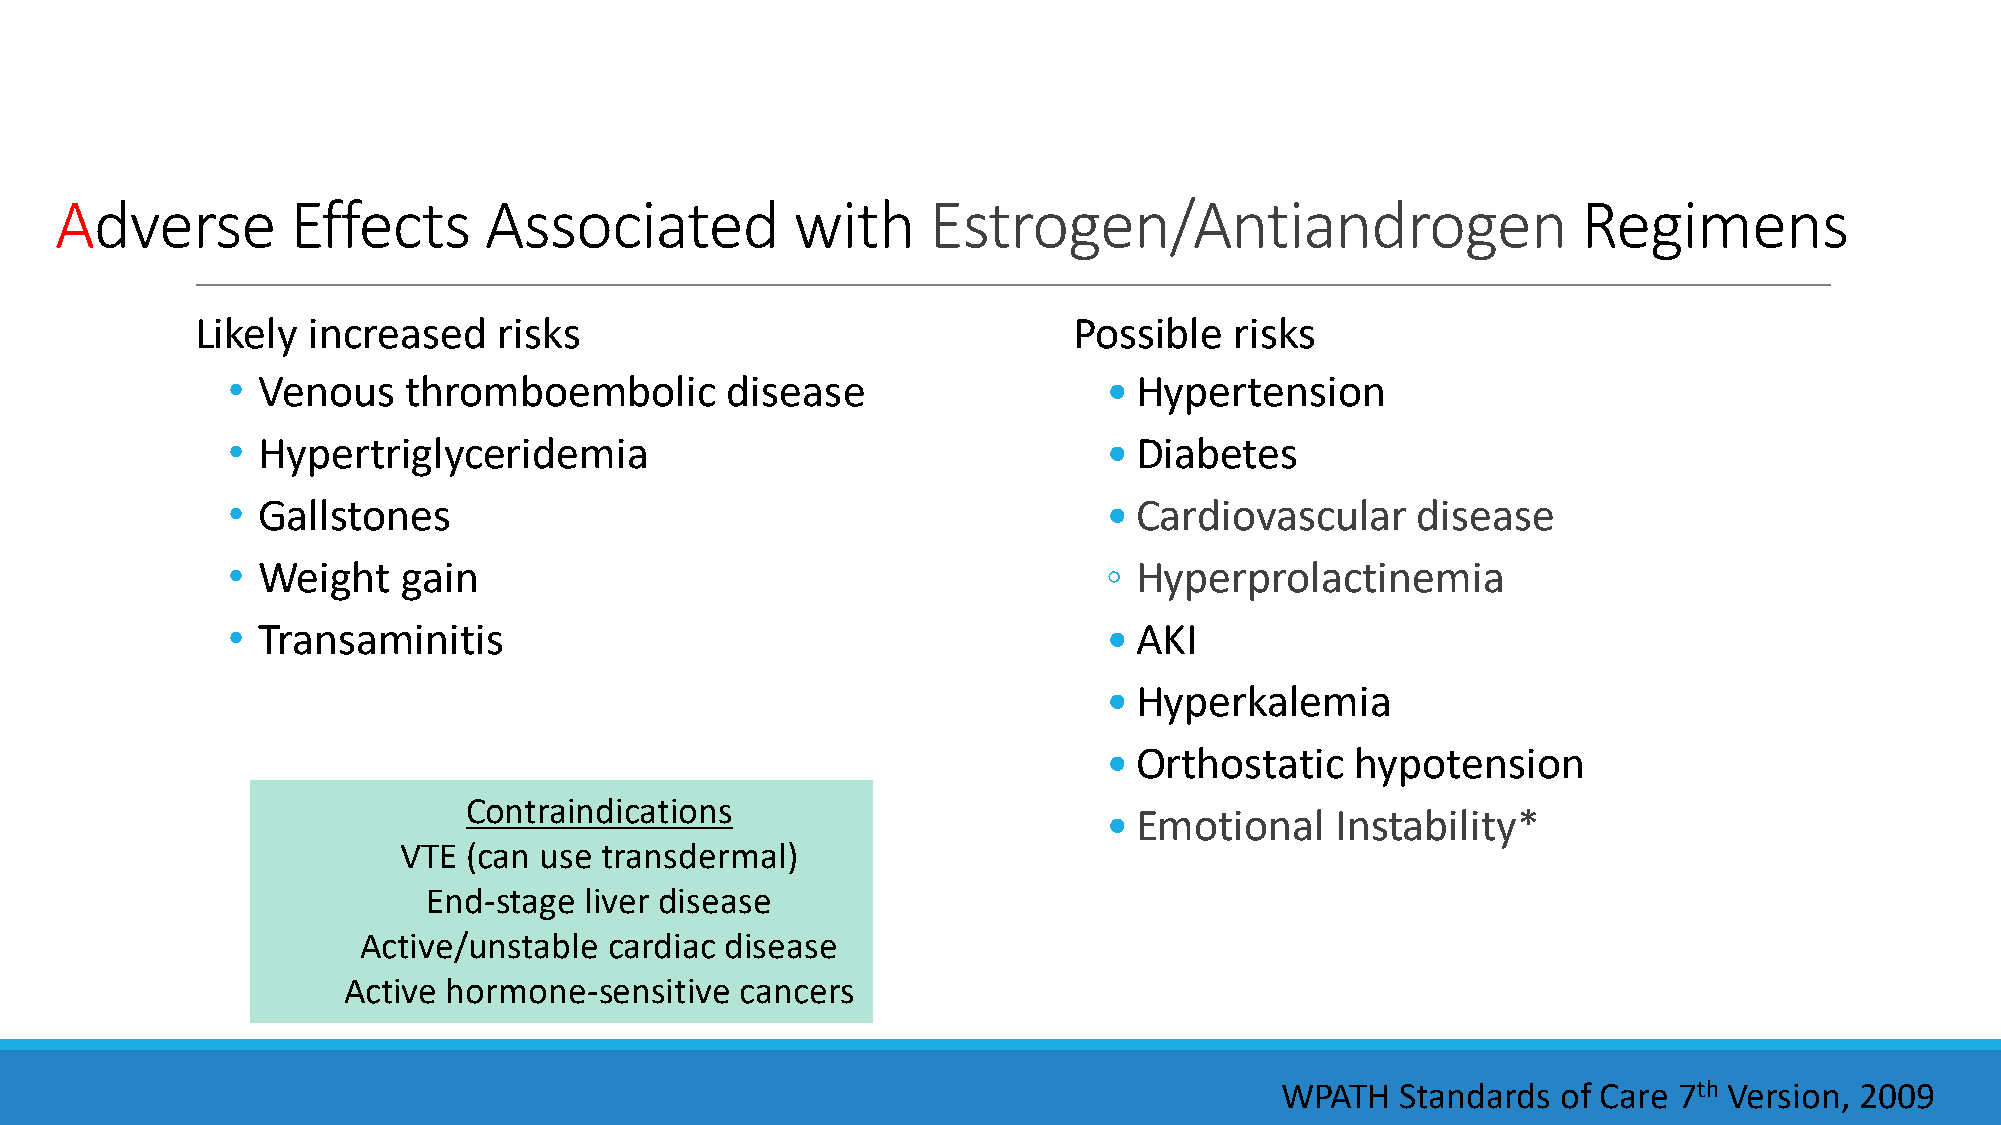
Adverse        Effects      Associated           with    Estrogen/Antiandrogen                       Regimens
 Likely increased    risks                                 Possible   risks
 • Venous    thromboembolic       disease                  • Hypertension
 • Hypertriglyceridemia                                    • Diabetes
 • Gallstones                                              • Cardiovascular     disease
 • Weight    gain                                          ◦ Hyperprolactinemia
 • Transaminitis                                           • AKI
 • Hyperkalemia
 • Orthostatic    hypotension
 Contraindications
 • Emotional    Instability*
 VTE  (can use transdermal)
 End-stage  liver disease
 Active/unstable cardiac disease
 Active hormone-sensitive  cancers
 WPATH   Standards of Care 7th Version, 2009